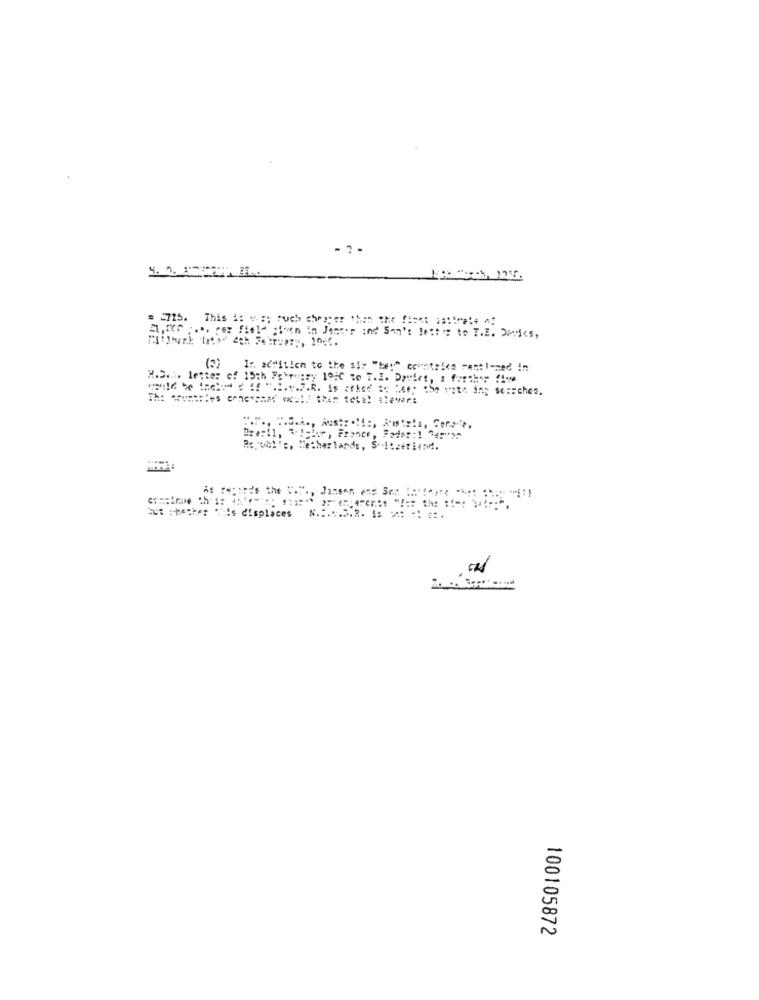
= = 715. This i: v -:; ruch cheaper than the fiset astimale af
1, ce ;... rez field ;foon in Jane's ind Son's lett : to T.E. Dmdies,
(3)
Ir. addition to the six "bey" countrico senti-med In
H.S ... letter of 15th February 19;C to T.I. Devlet, I further five
would be theted If ".I.e.P.R. Is coked to Keep the rate ing socaches.
Whichor , France, Fades :1 345">
Ropuhl's, Netherlands, S- itzetiind.
== ====== s the ....,
Aut whether Tifs displaces
N .:..... 2. 1. = = =.
100105872